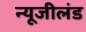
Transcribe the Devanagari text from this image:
न्यूजीलंड